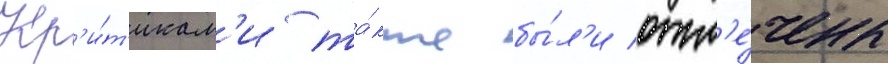
Кр'и́т'икам'и та́кже бы́л'и отм'е́чены